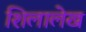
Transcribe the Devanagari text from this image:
शिलालेख